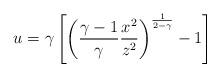
LaTeX: \begin{align*}u=\gamma\left[\left({{\gamma-1}\over\gamma}{{x^2}\over{z^2}}\right)^{1\over{2-\gamma}}-1\right]\end{align*}